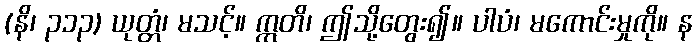
(နိ၊ ၃၁၃) ယုတ္တံ၊ မသင့်။ ဣတိ၊ ဤသို့တွေး၍။ ပါပံ၊ မကောင်းမှုကို။ န